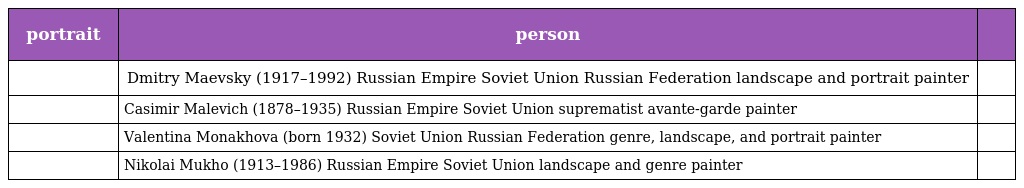
| portrait | person |  |
 | --- | --- | --- |
 |  | Dmitry Maevsky (1917–1992) Russian Empire Soviet Union Russian Federation landscape and portrait painter |  |
 |  | Casimir Malevich (1878–1935) Russian Empire Soviet Union suprematist avante-garde painter |  |
 |  | Valentina Monakhova (born 1932) Soviet Union Russian Federation genre, landscape, and portrait painter |  |
 |  | Nikolai Mukho (1913–1986) Russian Empire Soviet Union landscape and genre painter |  |